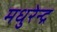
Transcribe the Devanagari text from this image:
मधुरेन्द्र